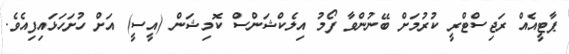
ޕާޓީއެއް ރަޖިސްޓްރީ ކުރުމަށް ބޭނުންވާ ފޯމު އިލެކްޝަންސް ކޮމިޝަން (އީސީ) އަށް ހުށަހަޅައިފިއެވެ.